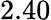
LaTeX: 2.40